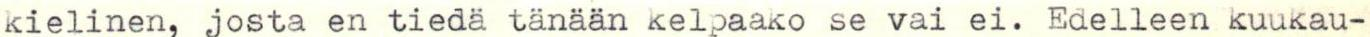
kielinen, josta en tiedä tänään kelpaako se vai ei. Edelleen kuukau-